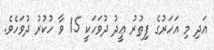
އަދި މި އަހަރުގެ ފިޠުރު ޢީދު ދުވަހަކީ 15 ވާ ހުކުރު ދުވަހެވެ.